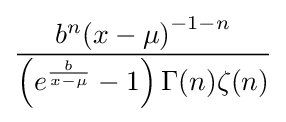
{\frac {b^{n}{(x-\mu )}^{-1-n}}{\left(e^{\frac {b}{x-\mu }}-1\right)\Gamma (n)\zeta (n)}}